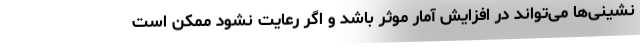
نشینی‌ها می‌تواند در افزایش آمار موثر باشد و اگر رعایت نشود ممکن است